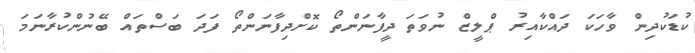
ކުޑަކުދިން ވާހަކަ ދައްކާއިރު ޕްލީޒް ނުވަތަ ދީފާނަންތޯ ކޮށްދިފާނަންތޯ ފަދަ ބަސްތައް ބޭނުންކުރާނަމަ